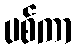
ပစ်ကာ